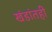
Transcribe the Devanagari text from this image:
खंडांतही